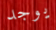
يوجد